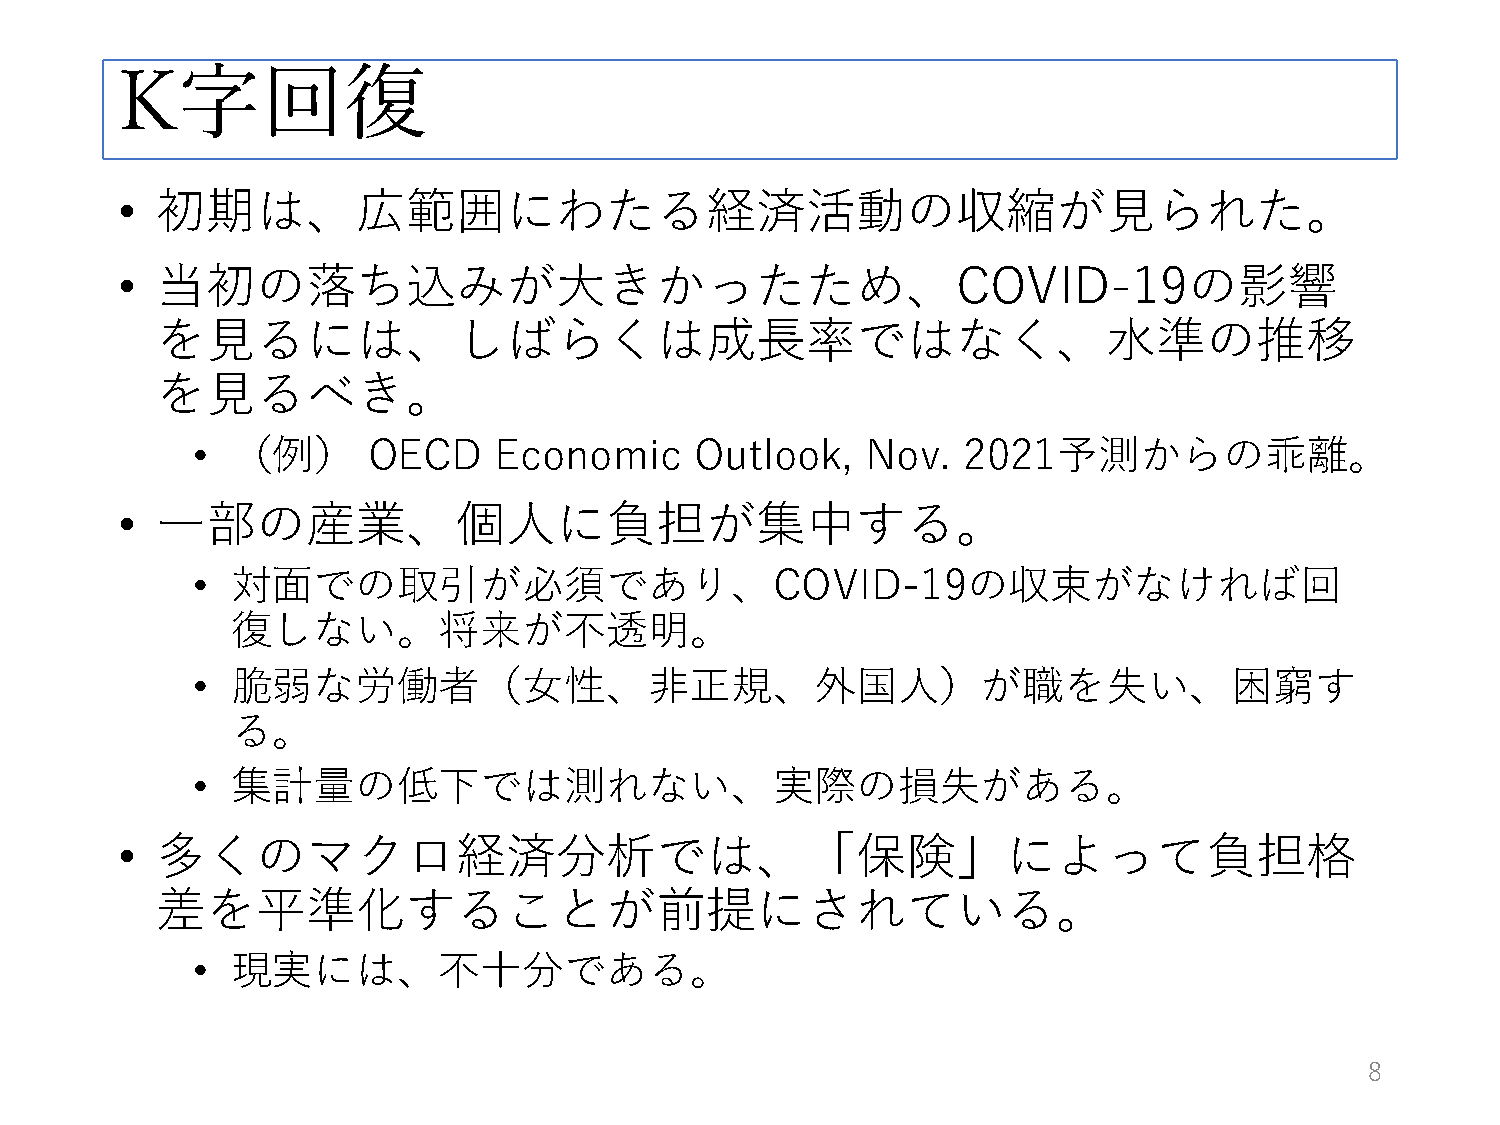
K字回復
 • 初期は、広範囲にわたる経済活動の収縮が見られた。
 • 当初の落ち込みが大きかったため、COVID-19の影響
 を見るには、しばらくは成長率ではなく、水準の推移
 を見るべき。
 • （例）      OECD     Economic     Outlook,   Nov.   2021予測からの乖離。
 • 一部の産業、個人に負担が集中する。
 • 対面での取引が必須であり、COVID-19の収束がなければ回
 復しない。将来が不透明。
 • 脆弱な労働者（女性、非正規、外国人）が職を失い、困窮す
 る。
 • 集計量の低下では測れない、実際の損失がある。
 • 多くのマクロ経済分析では、「保険」によって負担格
 差を平準化することが前提にされている。
 • 現実には、不十分である。
 8